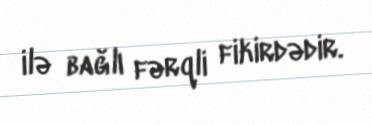
ilə bağlı fərqli fikirdədir.